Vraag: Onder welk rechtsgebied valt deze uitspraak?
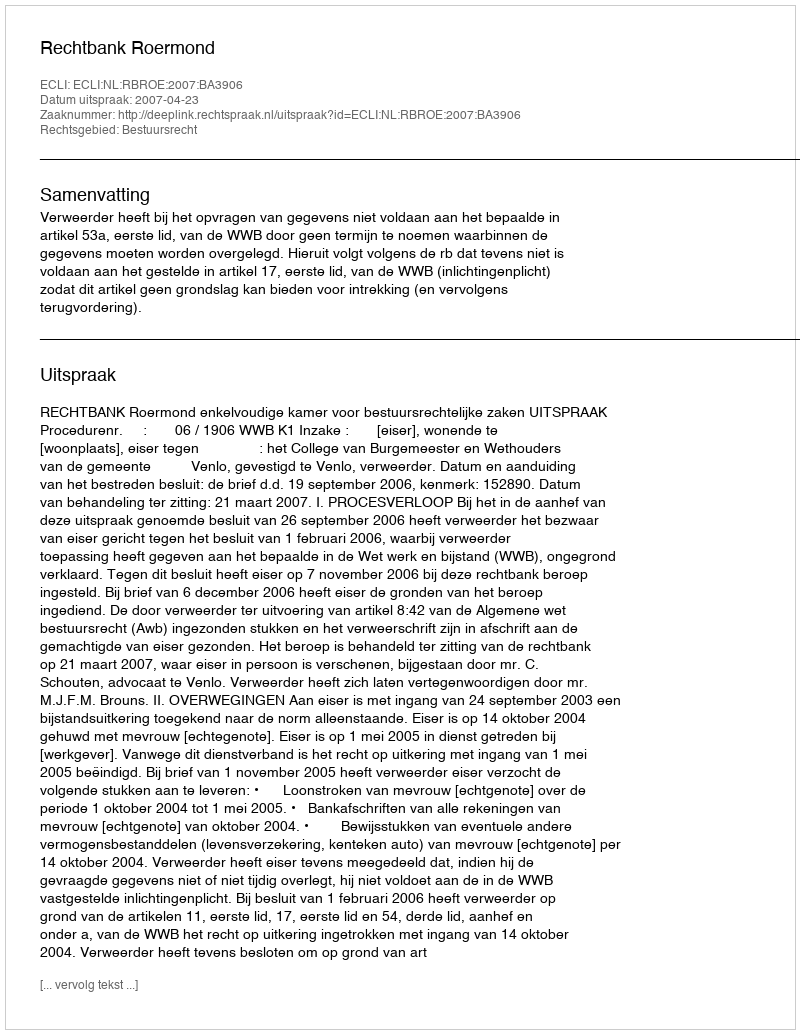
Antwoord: Bestuursrecht